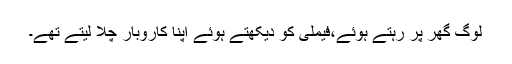
لوگ گھر پر رہتے ہوئے،فیملی کو دیکھتے ہوئے اپنا کاروبار چلا لیتے تھے۔